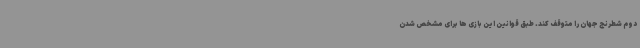
دوم شطرنج جهان را متوقف کند. طبق قوانین این بازی ها برای مشخص شدن